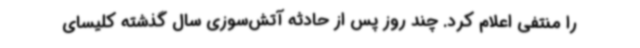
را منتفی اعلام کرد. چند روز پس از حادثه آتش‌سوزی سال گذشته کلیسای